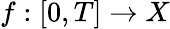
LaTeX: f:[0,T]\to X